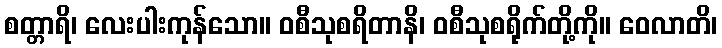
စတ္တာရိ၊ လေးပါးကုန်သော။ ဝစီသုစရိတာနိ၊ ဝစီသုစရိုက်တို့ကို။ ဝေလာတိ၊